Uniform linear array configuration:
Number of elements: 48
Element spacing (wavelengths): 0.75
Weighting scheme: kaiser
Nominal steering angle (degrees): -60
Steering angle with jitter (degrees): -59.28
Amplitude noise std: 0.05
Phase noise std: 0.05

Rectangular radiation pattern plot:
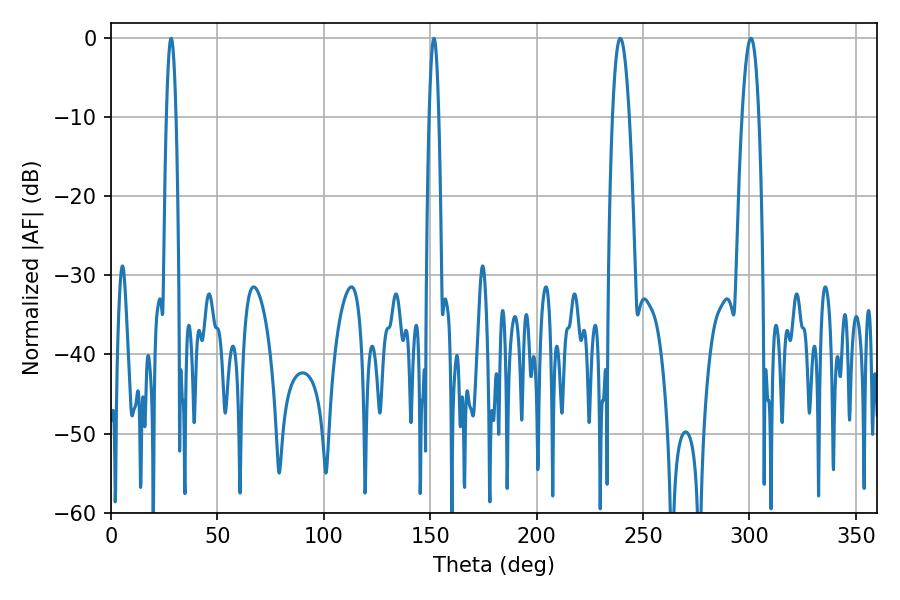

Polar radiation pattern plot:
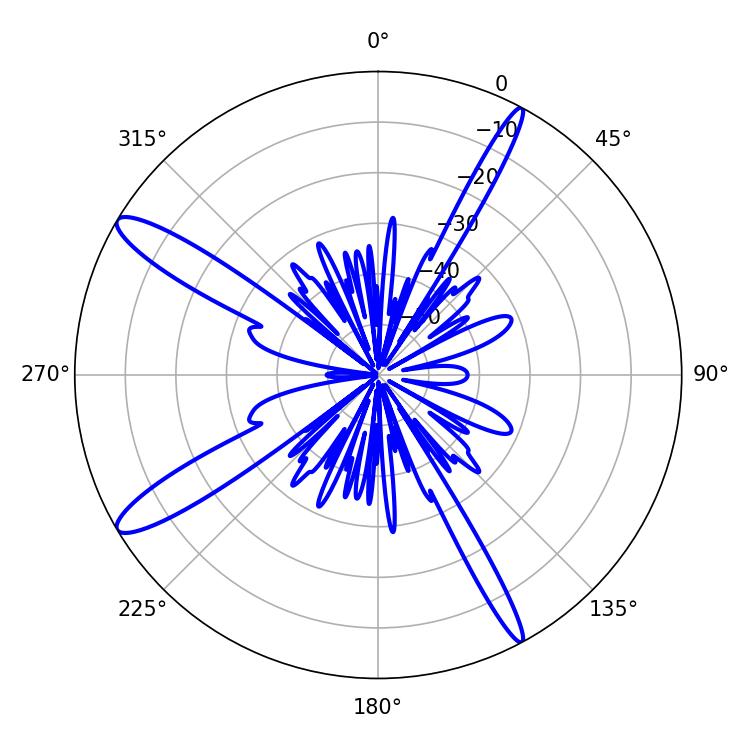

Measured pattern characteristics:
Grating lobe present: TRUE
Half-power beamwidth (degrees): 2.52
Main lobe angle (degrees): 28.26